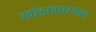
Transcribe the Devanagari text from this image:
खांडावप्रस्थात